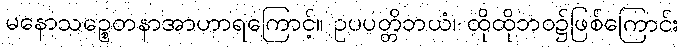
မနောသဉ္စေတနာအာဟာရကြောင့်။ ဥပပတ္တိဘယံ၊ ထိုထိုဘဝ၌ဖြစ်ကြောင်း